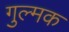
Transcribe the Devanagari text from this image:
गुल्मक